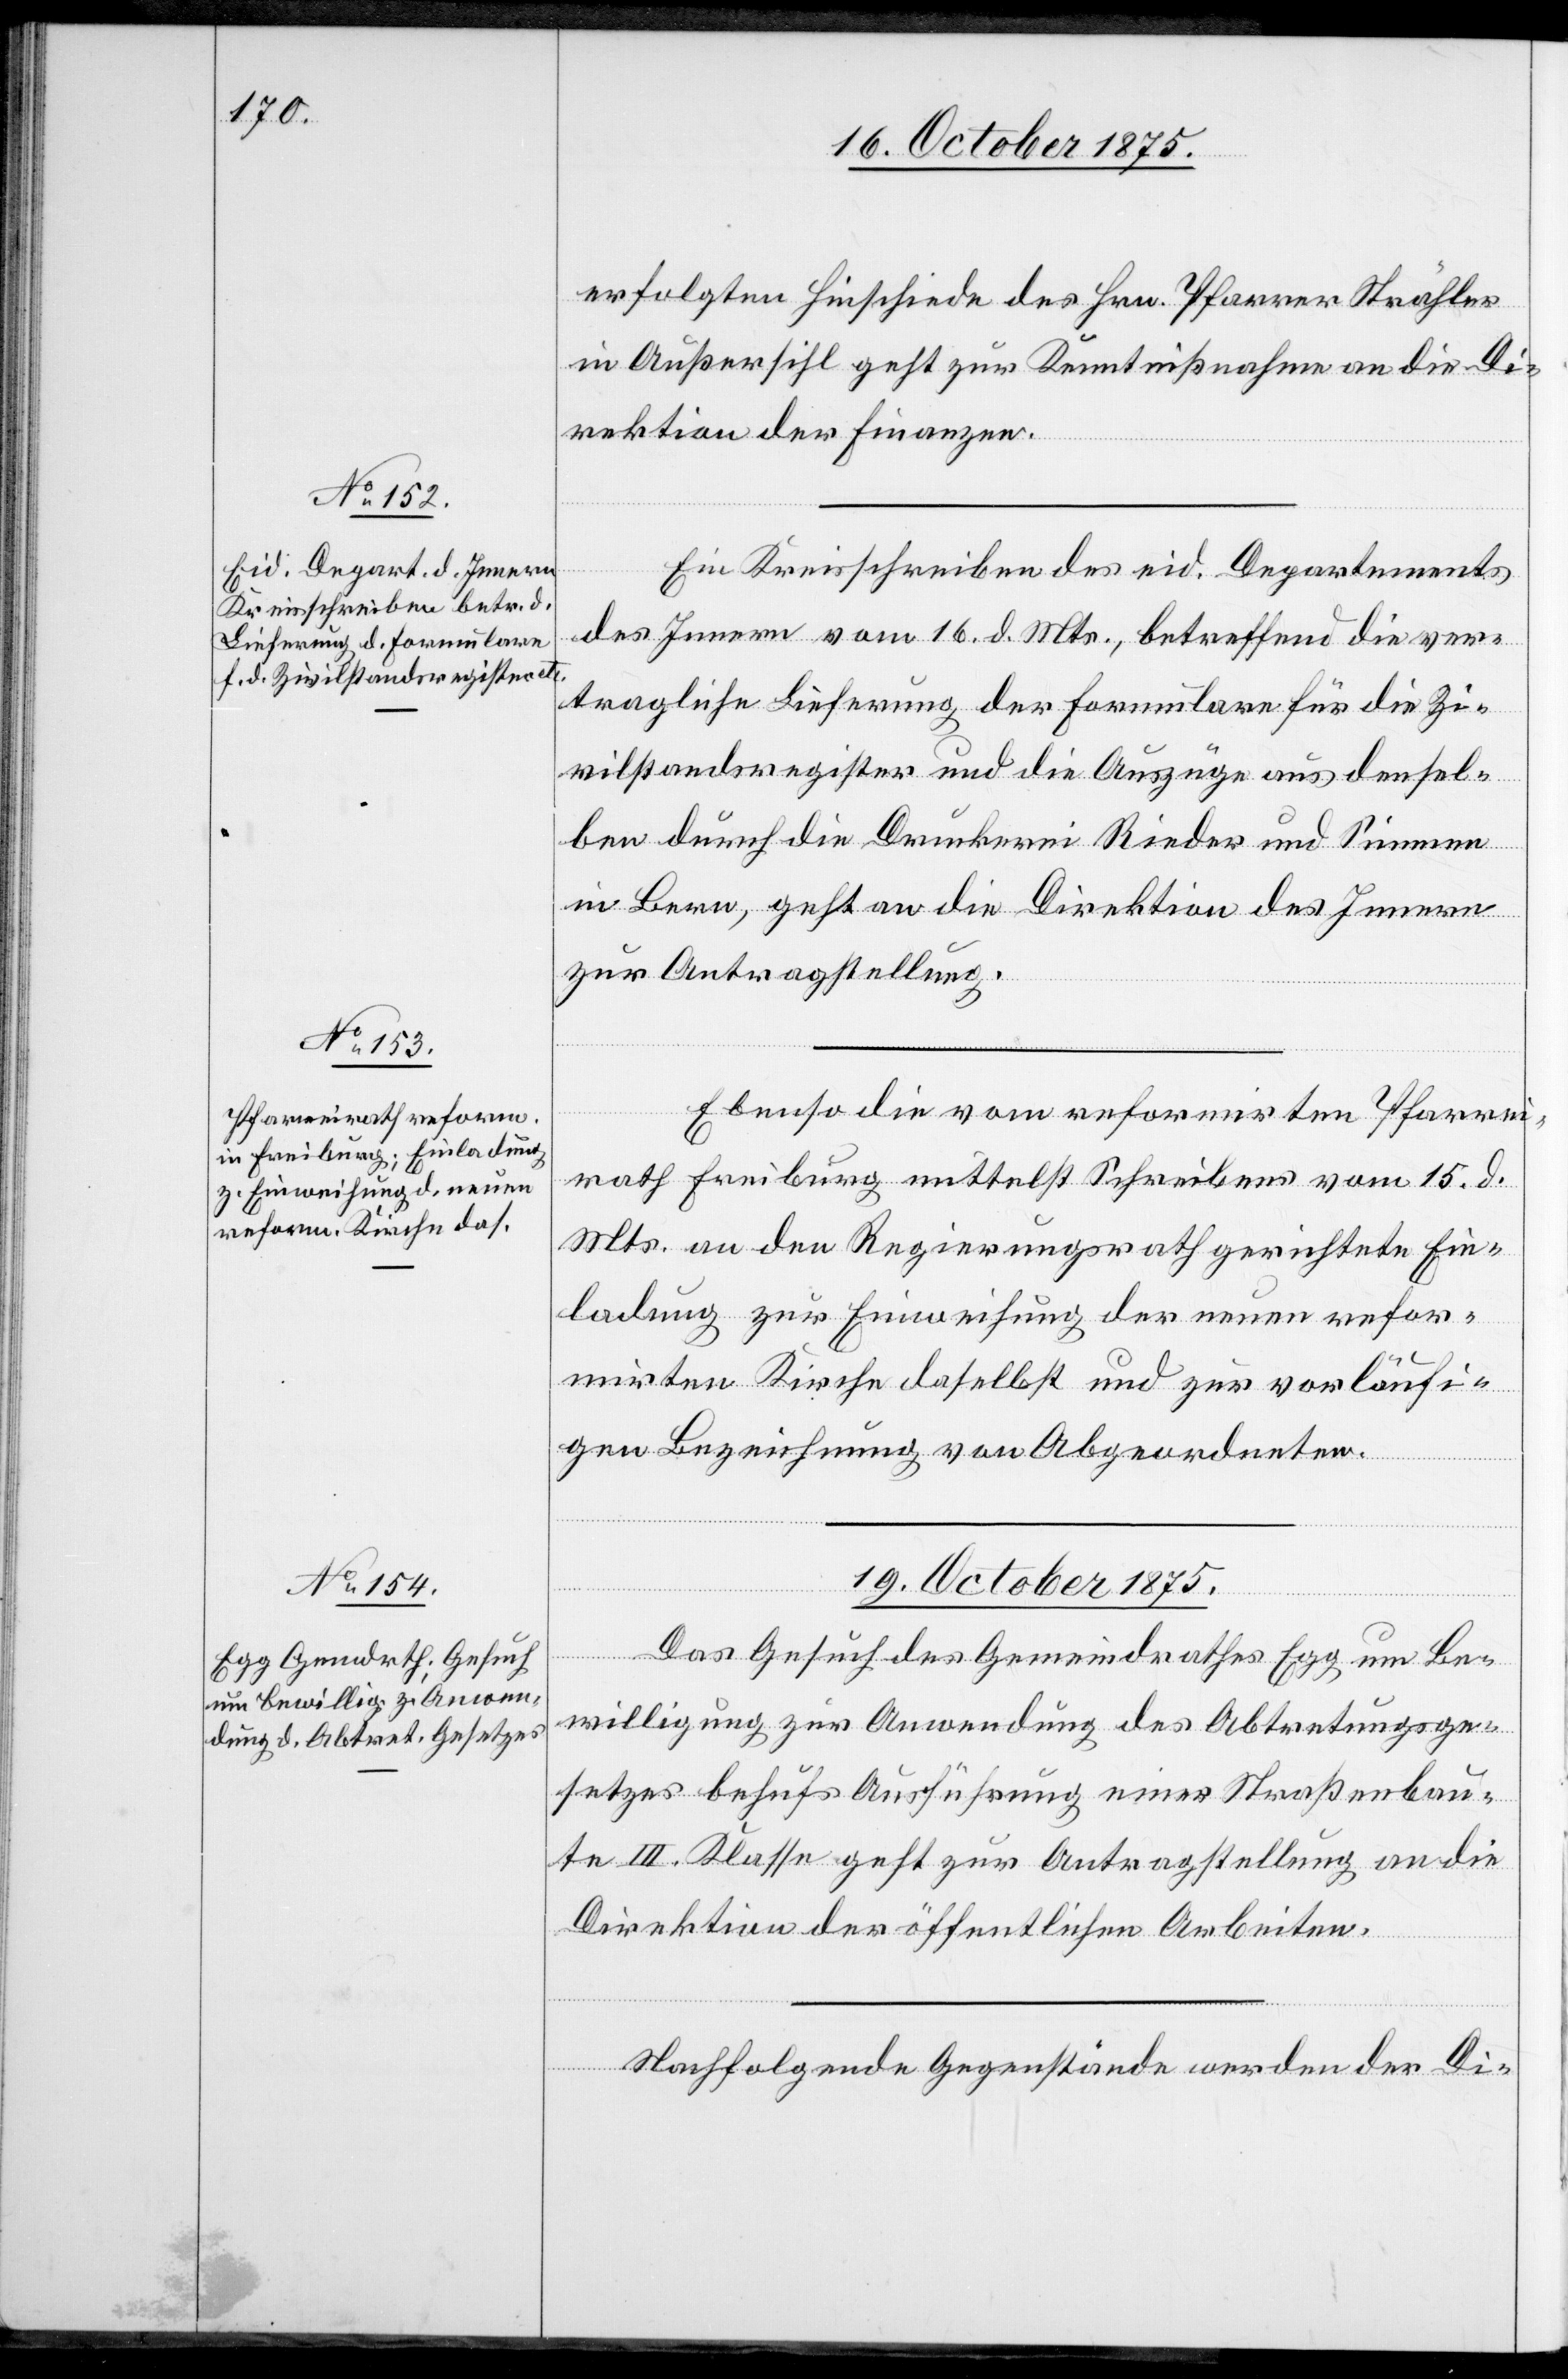
18. October 1875.]
erfolgten Hinschiede des Hrn. Pfarrer Strähler
in Außersihl geht zur Kenntnißnahme an die Di¬
rektion der Finanzen.
Ein Kreisschreiben des eid. Departements
des Innern vom 16. d. Mts., betreffend die ver¬
tragliche Lieferung der Formulare für die Zi¬
vilstandsregister und die Auszüge aus densel¬
ben durch die Druckerei Rieder und Simmen
in Bern, geht an die Direktion des Innern
zur Antragstellung.
Ebenso die vom reformirten Pfarrei¬
rath Freiburg mittelst Schreibens vom 15. d.
Mts. an den Regierungsrath gerichtete Ein¬
ladung zur Einweihung der neuen refor¬
mirten Kirche daselbst und zur vorläufi¬
gen Bezeichnung von Abgeordneten.
19. October 1875.]
Das Gesuch des Gemeindrathes Egg um Be¬
willigung zur Anwendung des Abtretungsge¬
setzes behufs Ausführung einer Straßenbau¬
te III. Klasse geht zur Antragstellung an die
Direktion der öffentlichen Arbeiten.
Nachfolgende Gegenstände werden der Di-